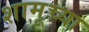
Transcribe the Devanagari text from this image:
शामूच्या